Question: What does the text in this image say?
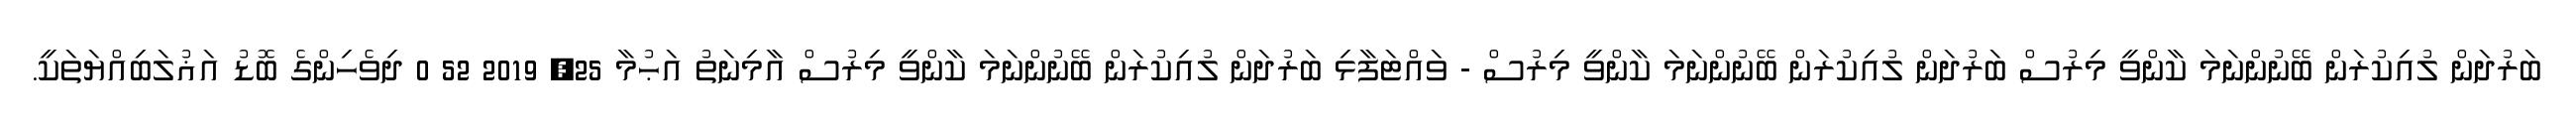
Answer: ބަރުދަން ލުއިކުރަން ބޭނުންނަމަ ކާންވީ މިރުސް ބަރުދަން ލުއިކުރަން ބޭނުންނަމަ ކާންވީ މިރުސް - ވައްޓަފާޅި ބަރުދަން ލުއިކުރަން ބޭނުންނަމަ ކާންވީ މިރުސް އާމިނަތު އަޙުމާ 25, 2019 52 0 ދިވެހިންގެ ބޮޑު އަޣުލަބިއްޔަތަކީ.